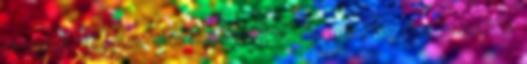
is tudjuk vállalni, előzetes időpont megindul az olaj áramlása